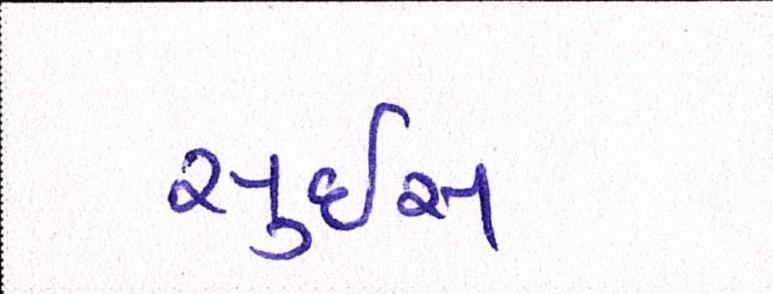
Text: સુઇસ